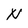
Character: N